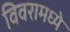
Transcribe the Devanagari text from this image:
विवरामध्ये